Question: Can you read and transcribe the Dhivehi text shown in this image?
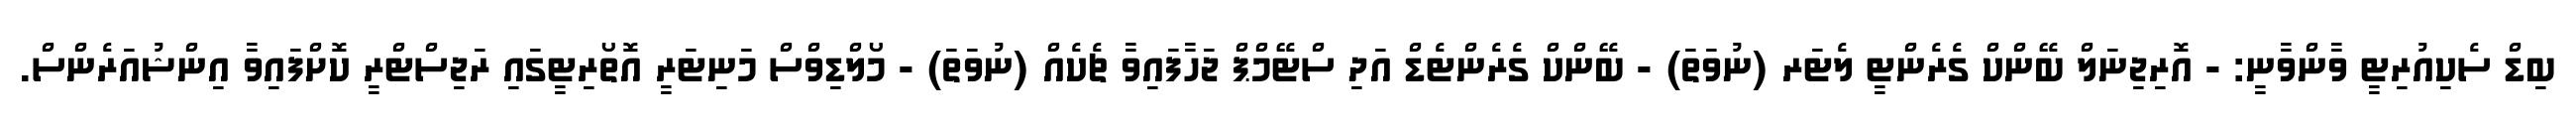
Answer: ބިޑް ސެކިއުރިޓީ ވާންވާނީ: - އޮރިޖިނަލް ބޭންކް ގެރެންޓީ ލެޓަރ (ނުވަތަ) - ބޭންކް ގެރެންޓެޑް އަދި ސްޓޭމްޕް ޖަހާފައިވާ ޗެކެއް (ނުވަތަ) - މޯލްޑިވްސް މަނިޓަރީ އޮތޯރިޓީގައި ރަޖިސްޓްރީ ކޮށްފައިވާ އިންޝުއަރެންސް.